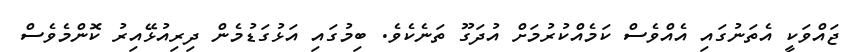
ޖައްވަކީ އެތަނުގައި އެއްވެސް ކަމެއްކުރުމަށް އުދަގޫ ތަނެކެވެ. ބިމުގައި އަޅުގަޑުމެން ދިރިއުޅޭއިރު ކޮންމެވެސް